Trukikaitis_Postimees, lk 10
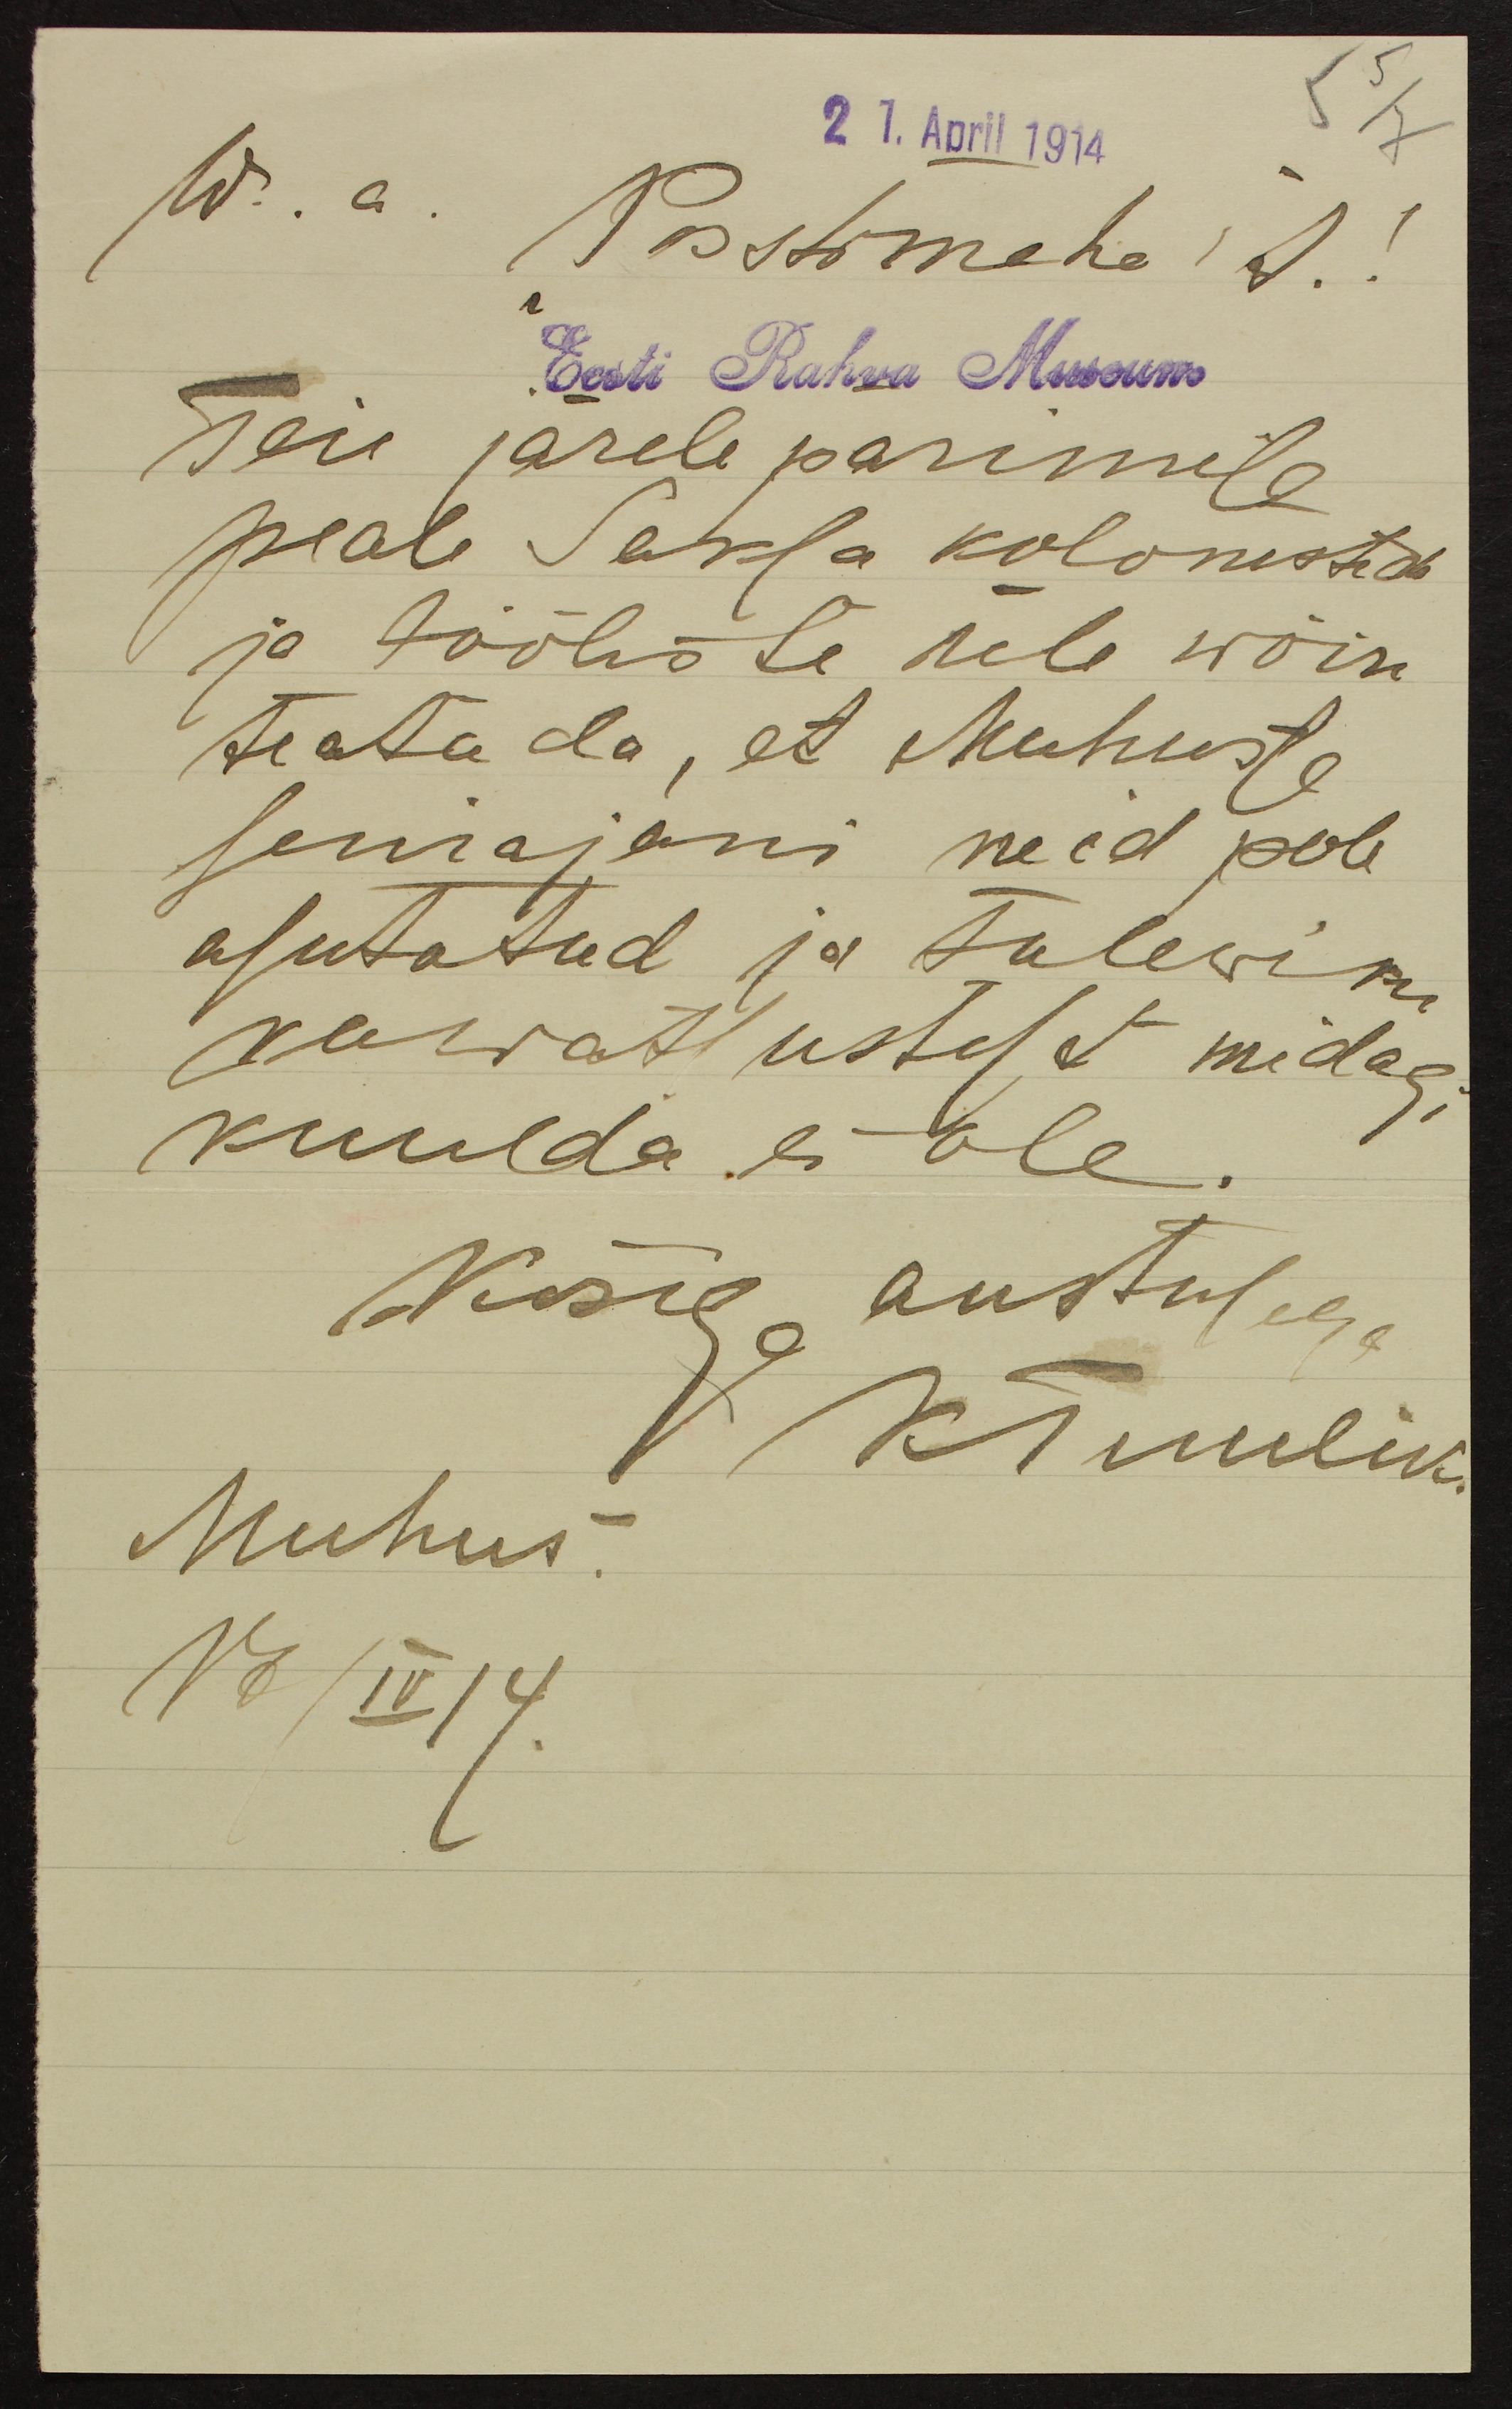
27. April 1914
W.a. Postimehe t.!
Eest Rahva Museum
Teie järele pärimise
peale Saksa kolonistide
ja tööliste üle wõin
teatada, et Muhusse
seniajani neid pole
asutatud ja tulewiku
korratlustest midagi
kuulda ei ole.
Kõrge austusega
K Tuulik
Muhus.
17/IV 14.